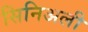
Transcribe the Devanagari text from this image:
सिनिअली